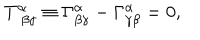
LaTeX: T _ { \, \, \beta \gamma } ^ { \alpha } \equiv \Gamma _ { \beta \gamma } ^ { \alpha } - \Gamma _ { \gamma \beta } ^ { \alpha } = 0 ,